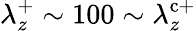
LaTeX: \lambda_{z}^{+}\sim 100\sim\lambda_{z}^{\mathrm{c}+}